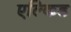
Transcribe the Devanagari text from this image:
एल्किड